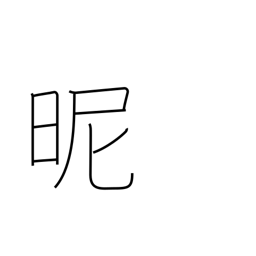
Meaning: reconcile